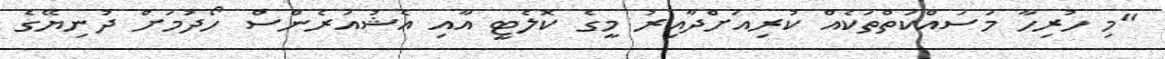
"މި ހުރިހާ މަސައްކަތްތަކެއް ކުރިއަށްދާއިރު މީގެ ކޮލެޓީ އާއި އެޝުއަރެންސް ހޯދުމަށް ދުނިޔޭގެ